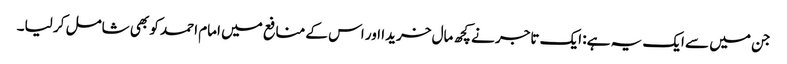
جن میں سے ایک یہ ہے: ایک تاجر نے کچھ مال خریدا اور اس کے منافع میں امام احمد کو بھی شامل کر لیا۔